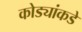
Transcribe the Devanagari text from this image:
कोड्यांकडे